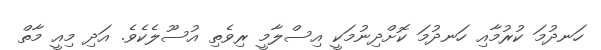
ހަނދުމަ ކުރުމާއި ހަނދުމަ ކޮށްދިނުމަކީ އިސްލާމީ ރިވެތި އުސޫލެކެވެ. އަދި މިއީ މާތް